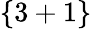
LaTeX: \{ 3+1\}